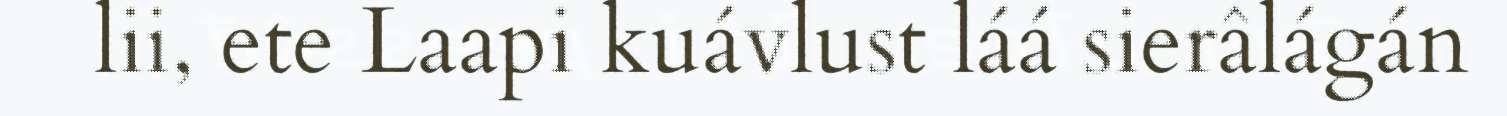
lii, ete Laapi kuávlust láá sierâlágán